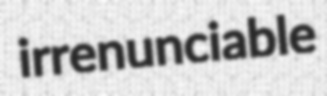
irrenunciable